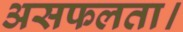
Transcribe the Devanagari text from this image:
असफलता।